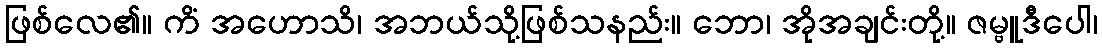
ဖြစ်လေ၏။ ကိံ အဟောသိ၊ အဘယ်သို့ဖြစ်သနည်း။ ဘော၊ အိုအချင်းတို့။ ဇမ္ဗူဒီပေါ၊